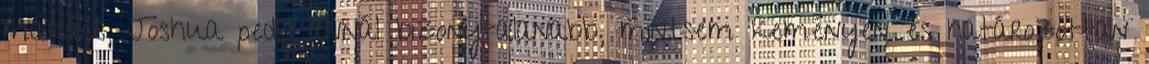
makacs, Joshua pedig annál bizonytalanabb, mintsem keményen és határozottan